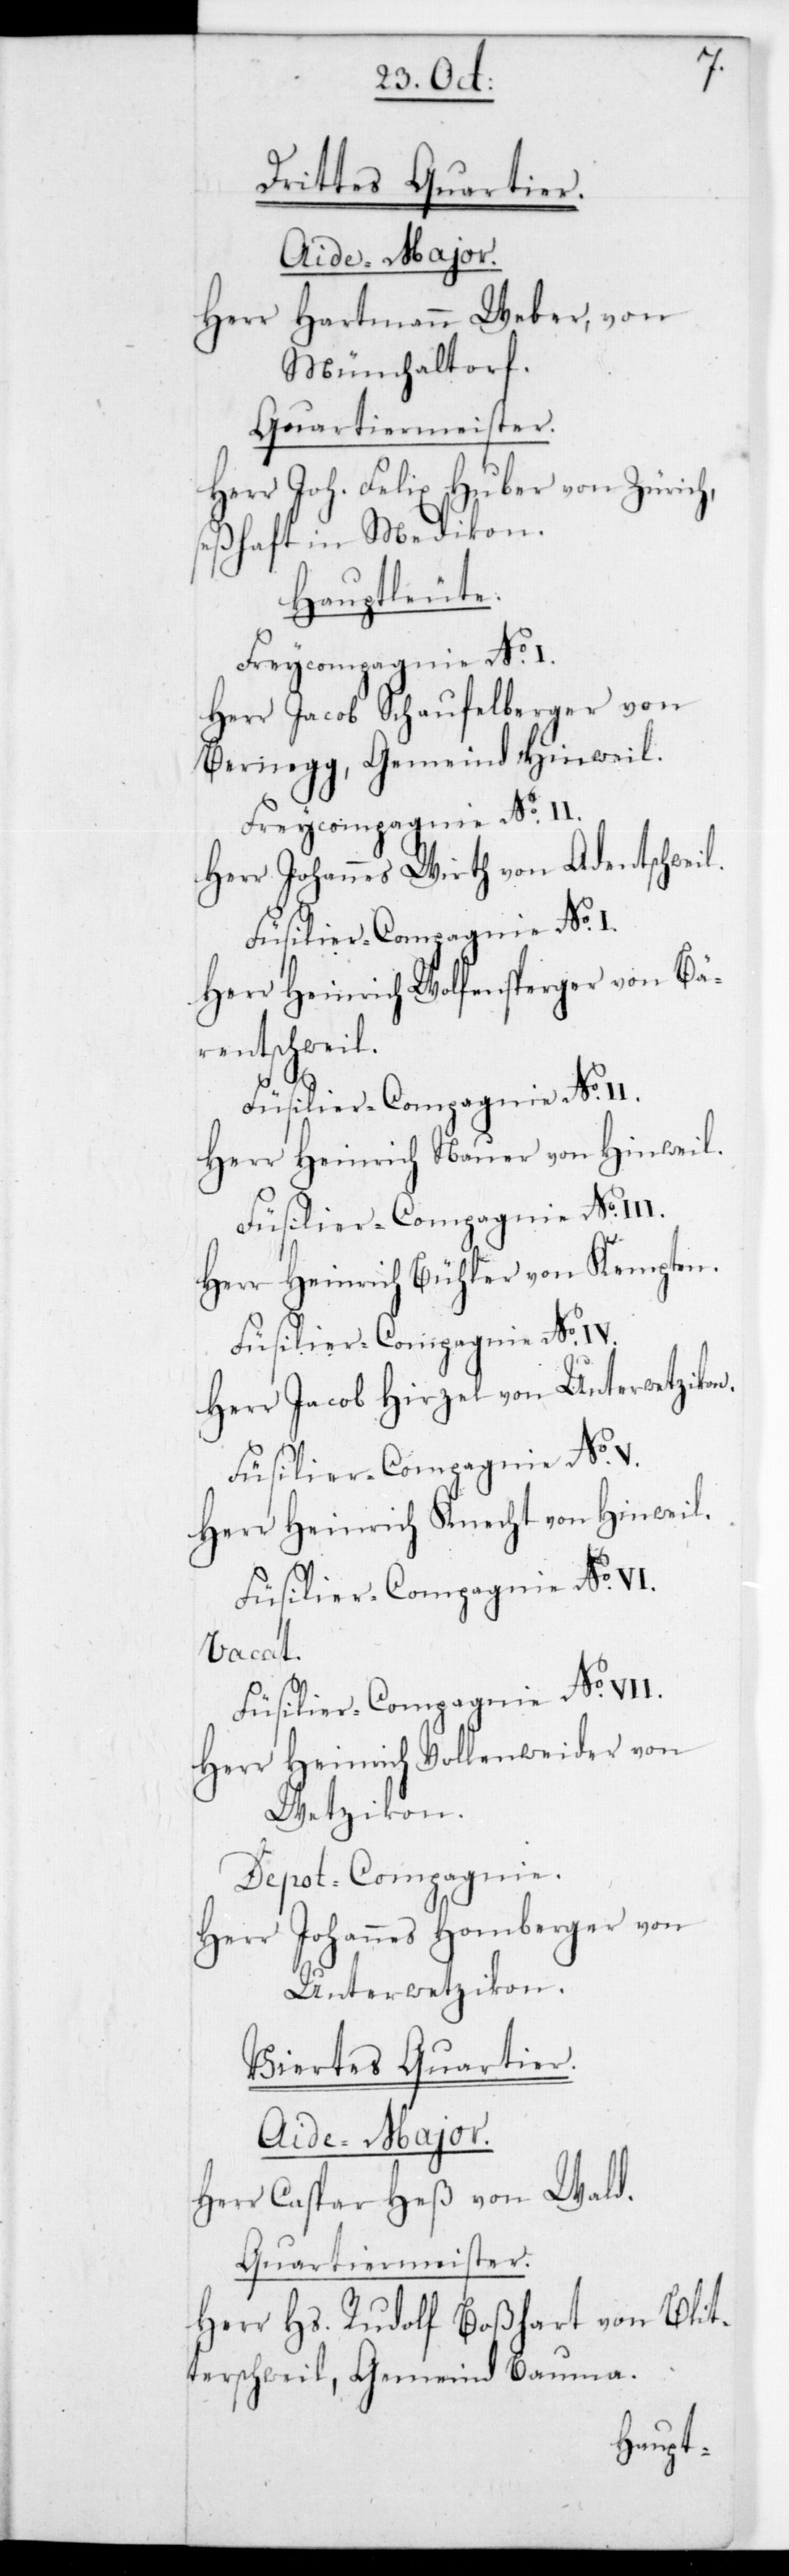
Drittes Quartier.
Aide-Major.
Herr Hartmann Weber von
Mönchaltorf.
Quartiermeister.
Herr Joh. Felix Huber von Zürich,
seßhaft in Medikon.
Hauptleute.
Herr Jacob Schaufelberger von
Bernegg, Gemeind Hinweil.
Freycompagnie No. II.
Herr Johannes Wirth von Adentschweil.
Herr Heinrich Wolfensberger von Bäre¬
ntschweil.
Herr Heinrich Nauer von Hinweil.
Füsilier-Compagnie No.
Herr Heinrich Bühler von Kempten.
Herr Jacob Hirzel von Unterwetzikon.
Füsilier-Compagnie No. V.
Herr Heinrich Knecht von Hinweil.
Füsilier-Compagnie No. VI.
vacat.
Füsilier-Compagnie No. VII.
Herr Heinrich Vollenweider von
Wetzikon.
Dépot-Compagnie.
Herr Johannes Homberger von
Unterwetzikon.
Viertes Quartier.
Aide-Major.
Herr Caspar Heß von Wald.
Quartiermeister.
Herr Hs. Rudolf Boßhart von Blit¬
terschweil, Gemeind Bauma.